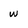
Character: w